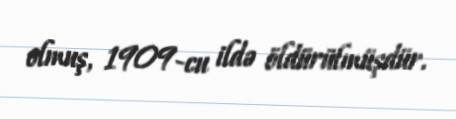
olmuş, 1909-cu ildə öldürülmüşdür.